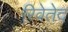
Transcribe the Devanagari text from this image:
रिवेतेद